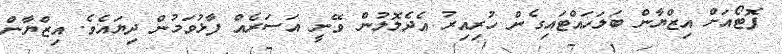
ފޮޓޯއަށް އިޒްޔާން ބަލަހައްޓައިގެން ހުރިއިރު އެދެލޮލުން ވޭނީ އަސަރެއް ފާޅުވަމުން ދިޔައެވެ. އިޒްޔާން